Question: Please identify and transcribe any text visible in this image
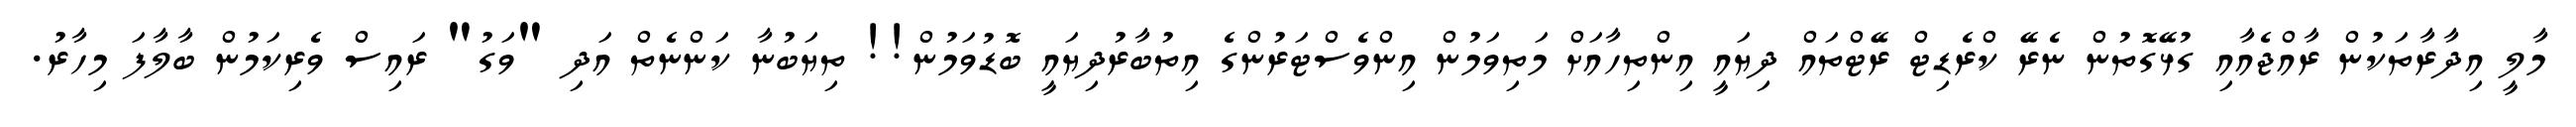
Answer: މާލީ އިދާރާތަކުން ރާއްޖެއާއި ގުޅޭގޮތުން ނެރޭ ކްރެޑިޓް ރޭޓްތައް ދިޔައީ އިންތިހާއަށް މަތިވަމުން އިންވެސްޓަރުންގެ އިތުބާރުދިޔައީ ބޮޑުވަމުން!! ތިޔަބުނާ ކަންނެތް އަދި "ވަގު" ރައިސް ވެރިކަމުން ބާލާފަ މިހާރު.